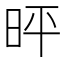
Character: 𪰓